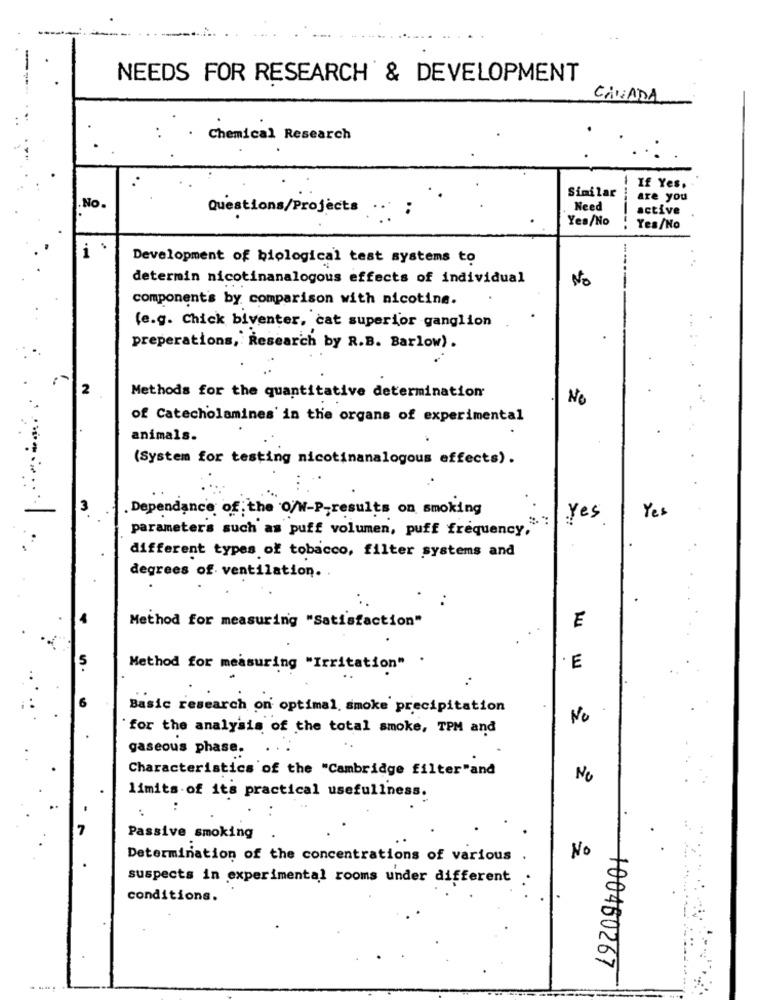
-
NEEDS FOR RESEARCH & DEVELOPMENT
CANADA
Chemical Research
Similar
If Yes.
are you
.No.
Questions/Projects
Need
active
Yes/No
Yes/No
i
Development of biological test systems to
determin nicotinanalogous effects of individual
No
components by comparison with nicotine.
(e.g. Chick biventer, cat superior ganglion
preperations, Research by R.B. Barlow).
2
Methods for the quantitative determination
No
of Catecholamines' in the organs of experimental
animals.
(System for testing nicotinanalogous effects).
. Dependance of the O/N-P-results on smoking
Yes
Yes
parameters such as puff volumen, puff frequency,
different types of tobacco, filter systems and
degrees of ventilation.
:
Method for measuring "Satisfaction"
E
5
Method for measuring "Irritation" .
.E
Basic research on optimal, smoke precipitation
No
for the analysis of the total smoke, TPM and
gaseous phase.
Characteristics of the "Cambridge filter"and
No
limits of its practical usefullness.
:
Passive smoking
Determination of the concentrations of various .
No
suspects in experimental rooms under different
conditions.
+00460267